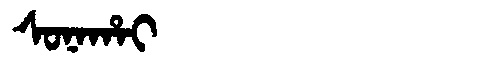
Manchu: ᠰᠣᠨᠠᡥᠠᡳ
Romanization: SONAHAI